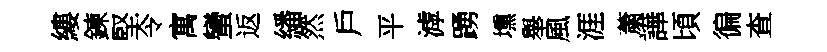
縷鍊堅令寓蠻返繙然戶平滹踴壎舉風涯䔥譁頃徧查